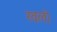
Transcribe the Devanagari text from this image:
खलो